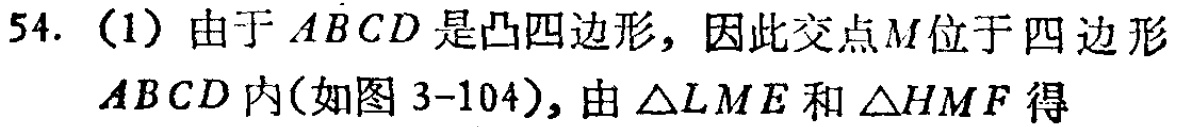
54. (1) 由于 \(ABCD\) 是凸四边形，因此交点 \(M\) 位于四边形 \(ABCD\) 内(如图 3-104)，由 \(\triangle LME\) 和 \(\triangle HMF\) 得